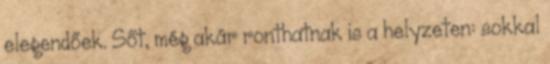
elegendőek. Sőt, még akár ronthatnak is a helyzeten: sokkal